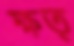
ক্ষত্